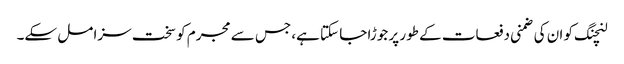
لنچنگ کو ان کی ضمنی دفعات کے طور پر جوڑا جا سکتا ہے، جس سے مجرم کو سخت سزا مل سکے۔